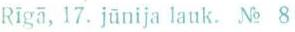
Rīgā, 17. jūnija lauk. No 8